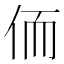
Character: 侕